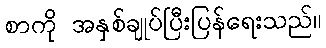
စာကို အနှစ်ချုပ်ပြီးပြန်ရေးသည်။